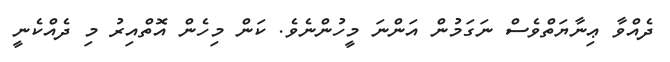
ދެއްވާ ޢިނާޔަތްވެސް ނަގަމުން އަންނަ މީހުންނެވެ. ކަން މިހެން އޮތްއިރު މި ދެއްކެނީ